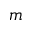
m